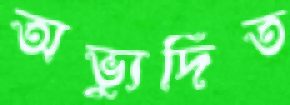
অভ্যুদিত